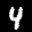
Label: 4